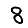
Digit: 8